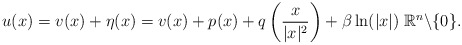
\begin{align*}u(x)=v(x)+\eta(x)=v(x)+p(x)+q\left(\frac{x}{|x|^2}\right)+\beta \ln(|x|) \; \mathbb{R}^n \backslash \{0\}.\end{align*}